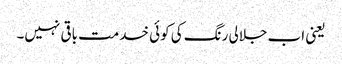
یعنی اب جلالی رنگ کی کوئی خدمت باقی نہیں۔